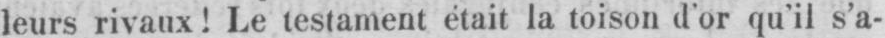
leurs rivaux! Le testament était la toison d’or qu’il s’a-